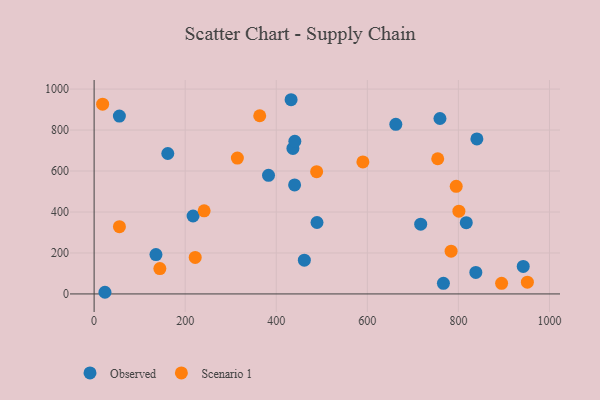
{"axis": {"x": "Speed", "y": "Salary"}, "legend": ["Observed", "Scenario 1"], "data": [{"x": "436.6", "y": 710.5, "type": "Observed"}, {"x": "432.6", "y": 948.1, "type": "Observed"}, {"x": "440.8", "y": 745.3, "type": "Observed"}, {"x": "662.6", "y": 827.8, "type": "Observed"}, {"x": "489.5", "y": 348.8, "type": "Observed"}, {"x": "23.8", "y": 8.1, "type": "Observed"}, {"x": "942.4", "y": 134.4, "type": "Observed"}, {"x": "217.3", "y": 380.5, "type": "Observed"}, {"x": "759.5", "y": 856.5, "type": "Observed"}, {"x": "55.5", "y": 868.2, "type": "Observed"}, {"x": "840.6", "y": 756.5, "type": "Observed"}, {"x": "440.3", "y": 532.4, "type": "Observed"}, {"x": "161.8", "y": 685.7, "type": "Observed"}, {"x": "461.7", "y": 164.9, "type": "Observed"}, {"x": "135.8", "y": 192.2, "type": "Observed"}, {"x": "767.1", "y": 51.7, "type": "Observed"}, {"x": "838.3", "y": 104.8, "type": "Observed"}, {"x": "817.3", "y": 347.8, "type": "Observed"}, {"x": "717.2", "y": 340.6, "type": "Observed"}, {"x": "383.0", "y": 578.8, "type": "Observed"}, {"x": "314.6", "y": 663.2, "type": "Scenario 1"}, {"x": "894.9", "y": 51.8, "type": "Scenario 1"}, {"x": "951.5", "y": 57.6, "type": "Scenario 1"}, {"x": "18.7", "y": 926.4, "type": "Scenario 1"}, {"x": "488.7", "y": 596.8, "type": "Scenario 1"}, {"x": "801.1", "y": 404.0, "type": "Scenario 1"}, {"x": "55.6", "y": 328.5, "type": "Scenario 1"}, {"x": "784.0", "y": 208.8, "type": "Scenario 1"}, {"x": "222.0", "y": 178.0, "type": "Scenario 1"}, {"x": "754.6", "y": 659.9, "type": "Scenario 1"}, {"x": "144.4", "y": 123.8, "type": "Scenario 1"}, {"x": "590.3", "y": 644.6, "type": "Scenario 1"}, {"x": "795.2", "y": 525.2, "type": "Scenario 1"}, {"x": "241.6", "y": 405.8, "type": "Scenario 1"}, {"x": "363.7", "y": 869.9, "type": "Scenario 1"}]}